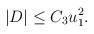
LaTeX: \begin{align*}|D|\le C_3 u_1^2.\end{align*}